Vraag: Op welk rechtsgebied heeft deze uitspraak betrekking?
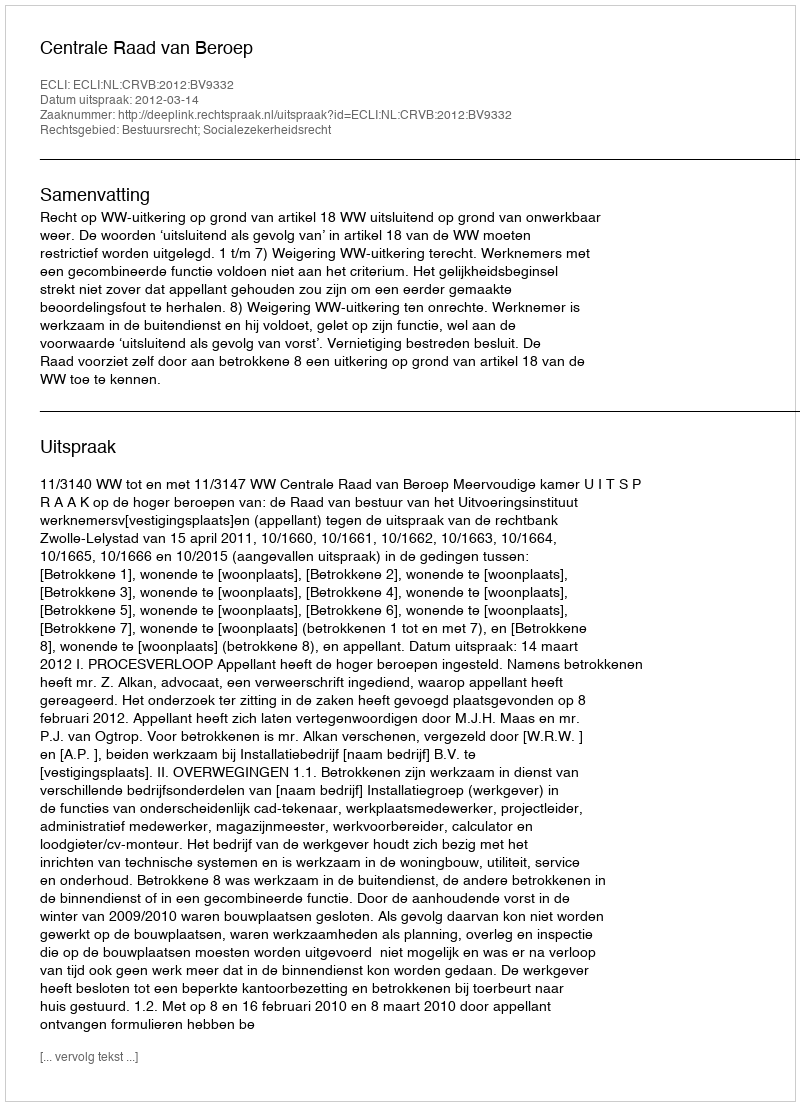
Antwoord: Bestuursrecht; Socialezekerheidsrecht